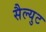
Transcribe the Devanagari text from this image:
सैल्युट